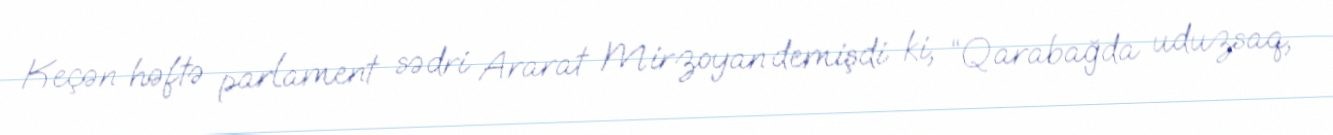
Keçən həftə parlament sədri Ararat Mirzoyan demişdi ki, “Qarabağda uduzsaq,